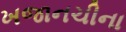
ખજાનચીના